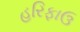
હરિફાઉ